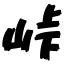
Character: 峠